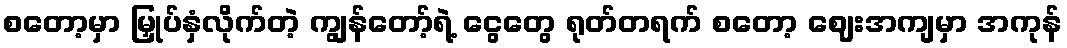
စတော့မှာ မြှုပ်နှံလိုက်တဲ့ ကျွန်တော့်ရဲ့ ငွေတွေ ရုတ်တရက် စတော့ ဈေးအကျမှာ အကုန်